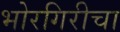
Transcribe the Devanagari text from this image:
भोरगिरीचा